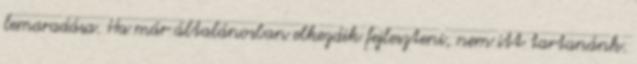
lemaradása. Ha már általánosban elkezdik fejleszteni, nem itt tartanánk.